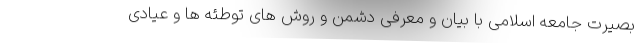
بصیرت جامعه اسلامی با بیان و معرفی دشمن و روش های توطئه ها و عیادی